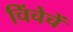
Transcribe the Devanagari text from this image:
चिंचेचें